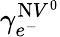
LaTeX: \gamma_{e^{-}}^{\mathrm{N}V^{0}}